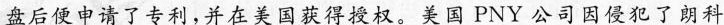
房后便申请了专利，并在美国获得授权--美国-PNY-公司-因侵犯了-朗科